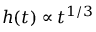
h ( t ) \propto t ^ { 1 / 3 }